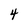
Character: 4